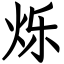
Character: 烁